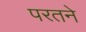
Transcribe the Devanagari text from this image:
परतने